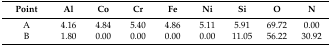
| Point | Al | Co | Cr | Fe | Ni | Si | O | N |
 | --- | --- | --- | --- | --- | --- | --- | --- | --- |
 | A | 4.16 | 4.84 | 5.40 | 4.86 | 5.11 | 5.91 | 69.72 | 0.00 |
 | B | 1.80 | 0.00 | 0.00 | 0.00 | 0.00 | 11.05 | 56.22 | 30.92 |